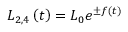
L _ { 2 , 4 } \left( t \right) = L _ { 0 } e ^ { \pm f \left( t \right) }